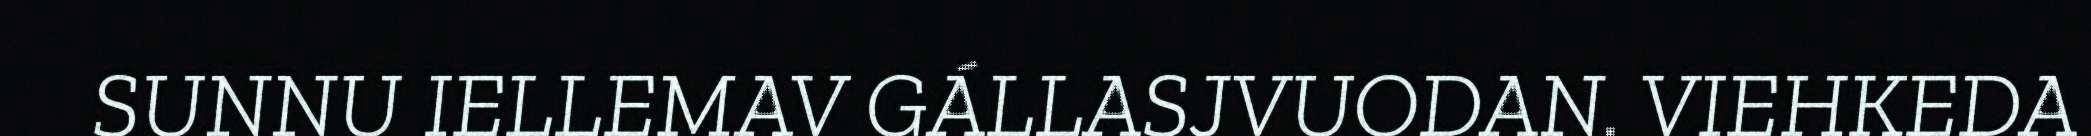
SUNNU IELLEMAV GÁLLASJVUODAN. VIEHKEDA